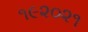
૧૯૨૦૨૧